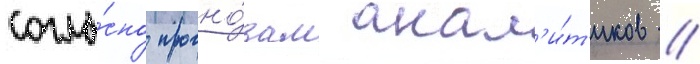
согла́сно прогно́зам анал'и́т'иков //